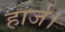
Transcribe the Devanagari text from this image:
हार्ज।